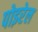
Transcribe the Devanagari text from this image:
पोइरेल